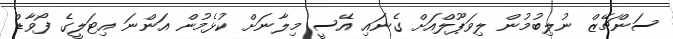
ސަންޗޭޒް ނުލިބުމުން ލިވަޕޫލްއަށް ގެނައި އޭސީ މިލާނަށް ކުޅެމުން އަންނަ އިޓަލީގެ ފޯވާޑް